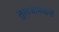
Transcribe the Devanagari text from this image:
तुलजाभवानी